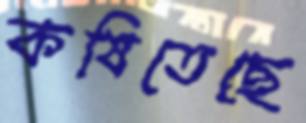
কষিতেছে